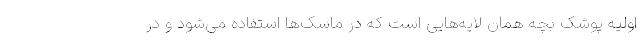
اولیه پوشک بچه همان لایه‌هایی است که در ماسک‌ها استفاده می‌شود و در